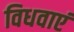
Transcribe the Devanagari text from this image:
विधवाएं